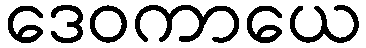
ဒေဝကာယေ